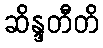
ဆိန္ဒတီတိ